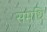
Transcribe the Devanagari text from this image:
समधि